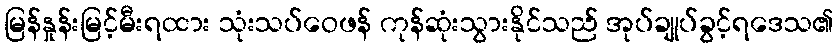
မြန်နှုန်းမြင့်မီးရထား သုံးသပ်ဝေဖန် ကုန်ဆုံးသွားနိုင်သည် အုပ်ချုပ်ခွင့်ရဒေသ၏